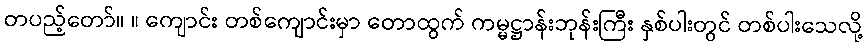
တပည့်တော်။ ။ ကျောင်း တစ်ကျောင်းမှာ တောထွက် ကမ္မဋ္ဌာန်းဘုန်းကြီး နှစ်ပါးတွင် တစ်ပါးသေလို့